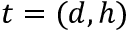
t = ( d , h )